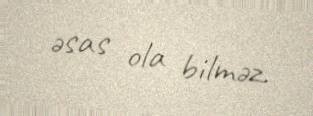
əsas ola bilməz.